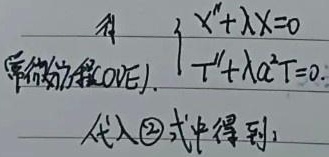
常微分方程(ODE)：
\[\begin{cases}
X''+\lambda X = 0\\
T''+\lambda a^{2}T = 0
\end{cases}\]
代入\textcircled{2}式中得到：